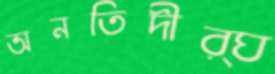
অনতিদীর্ঘ